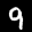
Label: 9